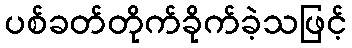
ပစ်ခတ်တိုက်ခိုက်ခဲ့သဖြင့်